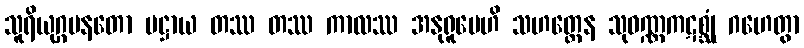
သူရိယုဂ္ဂမနတော ပဋ္ဌာယ တဿ တဿ ကာလဿ အနုရူပေဟိ သဟတ္ထေန သုဝဏ္ဏကဋစ္ဆုံ ဂဟေတွာ